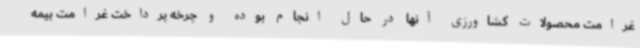
غرامت محصولات کشاورزی آنها در حال انجام بوده و چرخه پرداخت غرامت بیمه